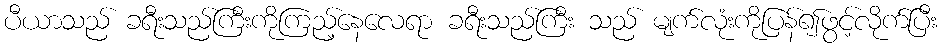
ပီယာသည် ခရီးသည်ကြီးကိုကြည့်နေလေရာ ခရီးသည်ကြီး သည် မျက်လုံးကိုပြန်၍ဖွင့်လိုက်ပြီး